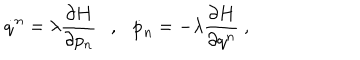
LaTeX: \dot { q } ^ { n } = \lambda \frac { \partial H } { \partial p _ { n } } \ \ \ , \ \ \ \dot { p } _ { n } = - \lambda \frac { \partial H } { \partial q ^ { n } } \ ,